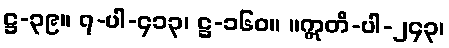
ဋ္ဌ-၃၉။ ၇-ပါ-၄၁၃၊ ဋ္ဌ-၁၆၀။ ။ဣတိ-ပါ-၂၄၃၊